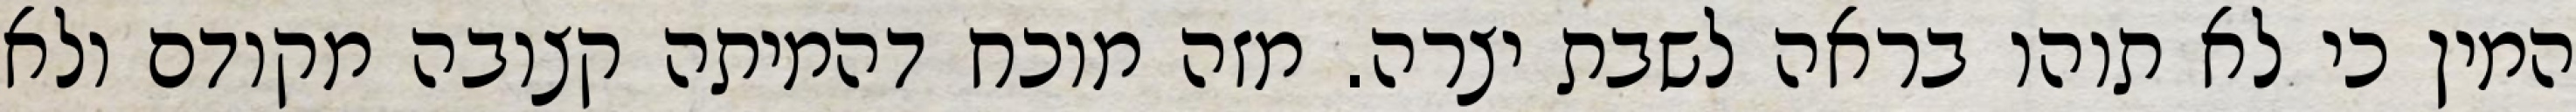
המין כי לא תוהו בראה לשבת יצרה. מזה מוכח דהמיתה קצובה מקודם ולא